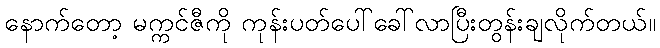
နောက်တော့ မက္ကင်ဇီကို ကုန်းပတ်ပေါ်ခေါ်လာပြီးတွန်းချလိုက်တယ်။